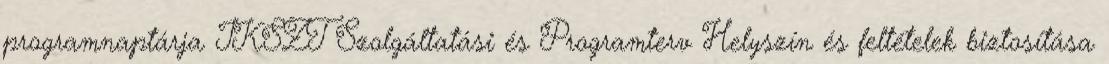
programnaptárja IKSZT Szolgáltatási és Programterv Helyszín és feltételek biztosítása